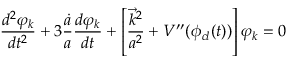
\frac { d ^ { 2 } \varphi _ { k } } { d t ^ { 2 } } + 3 \frac { \dot { a } } { a } \frac { d \varphi _ { k } } { d t } + \left[ \frac { \vec { k } ^ { 2 } } { a ^ { 2 } } + V ^ { \prime \prime } ( \phi _ { c l } ( t ) ) \right] \varphi _ { k } = 0